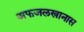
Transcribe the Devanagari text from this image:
अफजलखानास